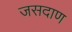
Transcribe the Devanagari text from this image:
जसदाण